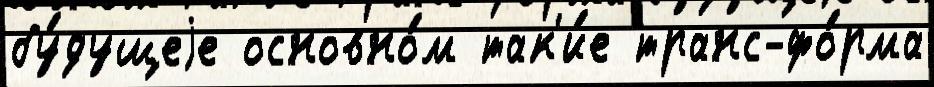
бу́дущеjе основно́м так'и́е транс-фо́рма